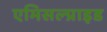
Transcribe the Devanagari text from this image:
एमिसल्प्राइड